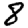
Digit: 8